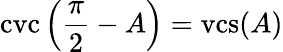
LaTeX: \operatorname{cvc}\left({\frac{\pi}{2}}-A\right)=\operatorname{vcs}(A)